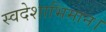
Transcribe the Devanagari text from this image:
स्वदेशाभिमान।